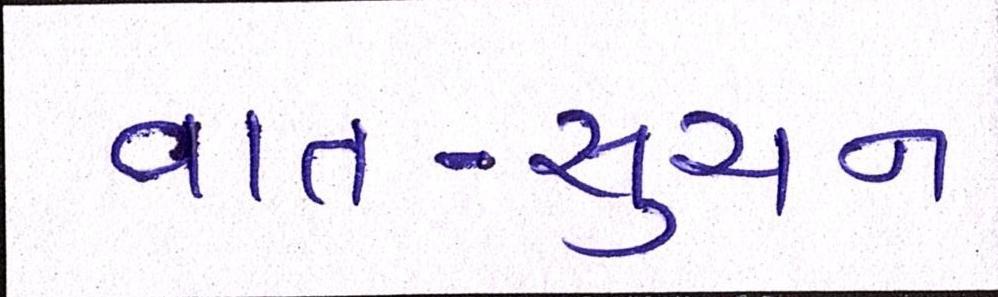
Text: વાત-સુચન